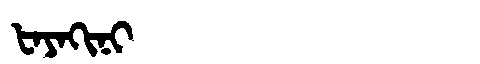
Manchu: ᡶᠠᠶᠠᡴᡳᠨᡳ
Romanization: FAYAKINI